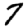
Digit: 7